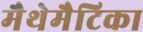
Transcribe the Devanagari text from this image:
मैथेमैटिका